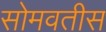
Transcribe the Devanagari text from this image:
सोमवतीस